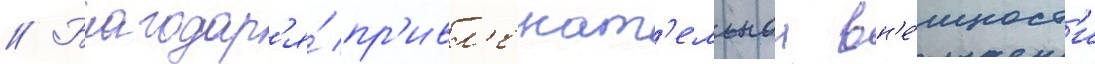
// Благодар'я́ пр'ивл'екат'ельнои вн'е́шност'и